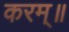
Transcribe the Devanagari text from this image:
करम्॥